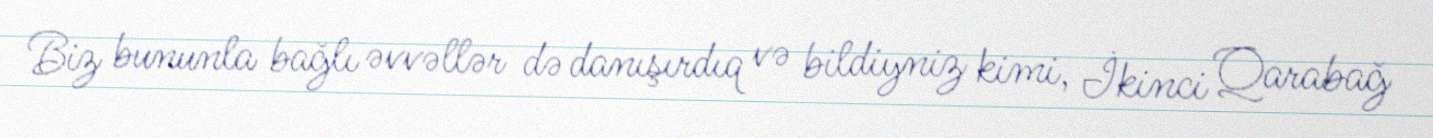
Biz bununla bağlı əvvəllər də danışırdıq və bildiyniz kimi, İkinci Qarabağ